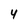
Character: 4